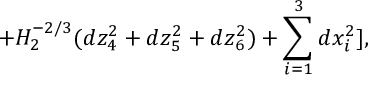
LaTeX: + H _ { 2 } ^ { - 2 / 3 } ( d z _ { 4 } ^ { 2 } + d z _ { 5 } ^ { 2 } + d z _ { 6 } ^ { 2 } ) + \sum _ { i = 1 } ^ { 3 } d x _ { i } ^ { 2 } ] ,